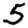
Digit: 5